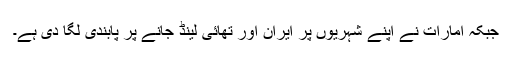
جبکہ امارات نے اپنے شہریوں پر ایران اور تھائی لینڈ جانے پر پابندی لگا دی ہے۔